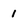
Character: 1